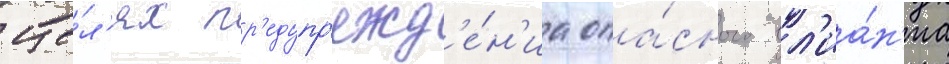
це́л'ях пр'едупр'ежд'е́н'иа опа́сного вл'иа́н'иа